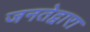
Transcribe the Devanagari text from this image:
जनतेद्वारा